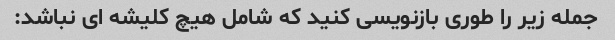
جمله زیر را طوری بازنویسی کنید که شامل هیچ کلیشه ای نباشد: